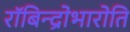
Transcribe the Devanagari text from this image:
रॉबिन्द्रोभारोति